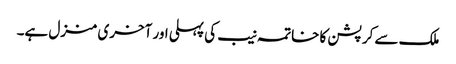
ملک سے کرپشن کا خاتمہ نیب کی پہلی اور آخری منزل ہے۔